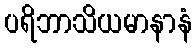
ပရိဘာသိယမာနာနံ